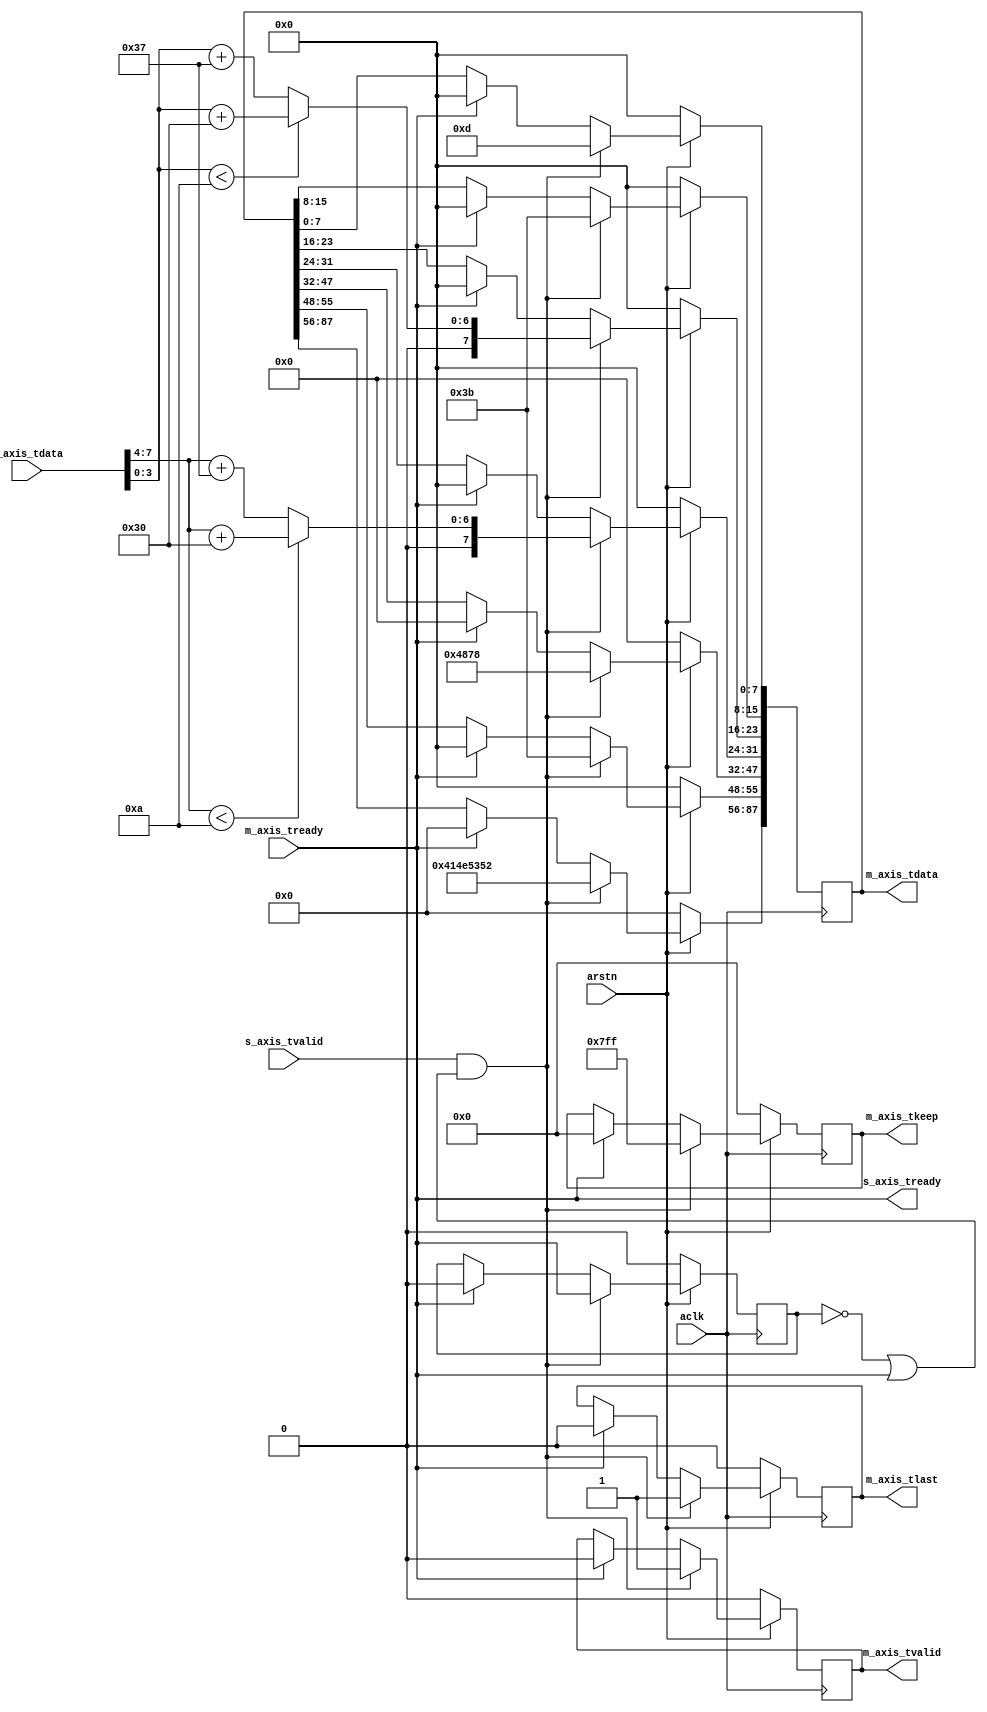
// ***************************************************************************
// ***************************************************************************
// @FILE    util_axis_puf_string_encoder.v
// @AUTHOR  Jay Convertino
// @DATE    2022.04.25
// @BRIEF   Convert puf data into a string.
// @DETAILS puf data is converted to a string. The string is carrige return
//          terminated.
//
// @LICENSE MIT
//  Copyright 2022 Jay Convertino
//
//  Permission is hereby granted, free of charge, to any person obtaining a copy
//  of this software and associated documentation files (the "Software"), to 
//  deal in the Software without restriction, including without limitation the
//  rights to use, copy, modify, merge, publish, distribute, sublicense, and/or 
//  sell copies of the Software, and to permit persons to whom the Software is 
//  furnished to do so, subject to the following conditions:
//
//  The above copyright notice and this permission notice shall be included in 
//  all copies or substantial portions of the Software.
//
//  THE SOFTWARE IS PROVIDED "AS IS", WITHOUT WARRANTY OF ANY KIND, EXPRESS OR 
//  IMPLIED, INCLUDING BUT NOT LIMITED TO THE WARRANTIES OF MERCHANTABILITY, 
//  FITNESS FOR A PARTICULAR PURPOSE AND NONINFRINGEMENT. IN NO EVENT SHALL THE
//  AUTHORS OR COPYRIGHT HOLDERS BE LIABLE FOR ANY CLAIM, DAMAGES OR OTHER 
//  LIABILITY, WHETHER IN AN ACTION OF CONTRACT, TORT OR OTHERWISE, ARISING 
//  FROM, OUT OF OR IN CONNECTION WITH THE SOFTWARE OR THE USE OR OTHER DEALINGS
//  IN THE SOFTWARE.
// ***************************************************************************
// ***************************************************************************

`timescale 1ns/100ps

//puf to string core
module util_axis_puf_string_encoder
  (
    //axi streaming clock and reset.
    input        aclk,
    input        arstn,
    //axis slave interface (input)
    input   [ 7:0]  s_axis_tdata,
    input           s_axis_tvalid,
    output          s_axis_tready,
    //axis master interface (out)
    output      [ 87:0] m_axis_tdata,
    output  reg         m_axis_tvalid,
    output  reg         m_axis_tlast,
    output  reg [ 10:0] m_axis_tkeep,
    input               m_axis_tready
  );
  
  reg p_m_axis_tready;
  reg [ 87:0] r_m_axis_tdata;
  
  assign m_axis_tdata = r_m_axis_tdata;
  
  //core does its conversion in a single clock cycle, tready needs to be sent to
  //the block before it since no blocking is done here.
  assign s_axis_tready = m_axis_tready;
  
  always @(posedge aclk) begin
    if(arstn == 1'b0) begin
      r_m_axis_tdata  <= 0;
      p_m_axis_tready <= 0;
      m_axis_tvalid   <= 0;
      m_axis_tkeep    <= 0;
      m_axis_tlast    <= 0;
    end else begin
        
        //when ready, 0 out data so we don't send out the same thing over and over.
        if(m_axis_tready == 1'b1) begin
          r_m_axis_tdata  <= 0;
          m_axis_tvalid   <= 0;
          m_axis_tkeep    <= 0;
          m_axis_tlast    <= 0;
          //no valid data, so lets 0 out previous to allow a valid assert of data without ready to happen.
          p_m_axis_tready <= 0;
        end
        
        //encode data into strings wait for the ready signel to be correct.
        if((s_axis_tvalid == 1'b1) && (~p_m_axis_tready || m_axis_tready)) begin
        
          //only update tready previous when tready is 1 or 0 0 (inital or no valid data for a while).
          p_m_axis_tready <= m_axis_tready;
          //data will be valid
          m_axis_tvalid <= 1'b1;
          //data will be the last packet
          m_axis_tlast  <= 1'b1;
          //keep all the data
          m_axis_tkeep  <= ~0;
          
          //encode type of data
          r_m_axis_tdata[87:56] <= "ANSR";
          
          //insert seperator
          r_m_axis_tdata[55:48] <= ";";
          
          //insert data as a hex string
          //Hx start
          r_m_axis_tdata[47:32] <= "Hx";
          
          //offset conversion for decimal to hex
          // 48 is for 0 to 9, 55 is for 10 to 15 (A to F)
          r_m_axis_tdata[31:24] <= (s_axis_tdata[ 7: 4] < 10 ? s_axis_tdata[ 7: 4] + 48 : s_axis_tdata[ 7: 4] + 55);
          r_m_axis_tdata[23:16] <= (s_axis_tdata[ 3: 0] < 10 ? s_axis_tdata[ 3: 0] + 48 : s_axis_tdata[ 3: 0] + 55);
          
          //insert seperator
          r_m_axis_tdata[15: 8] <= ";";
          
          //insert return
          //CR(D)
          r_m_axis_tdata[7:0] <= 8'h0D;
        end
    end
  end
  
endmodule